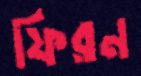
ফিরন